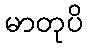
မာတုပိ